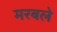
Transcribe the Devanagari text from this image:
मरबले